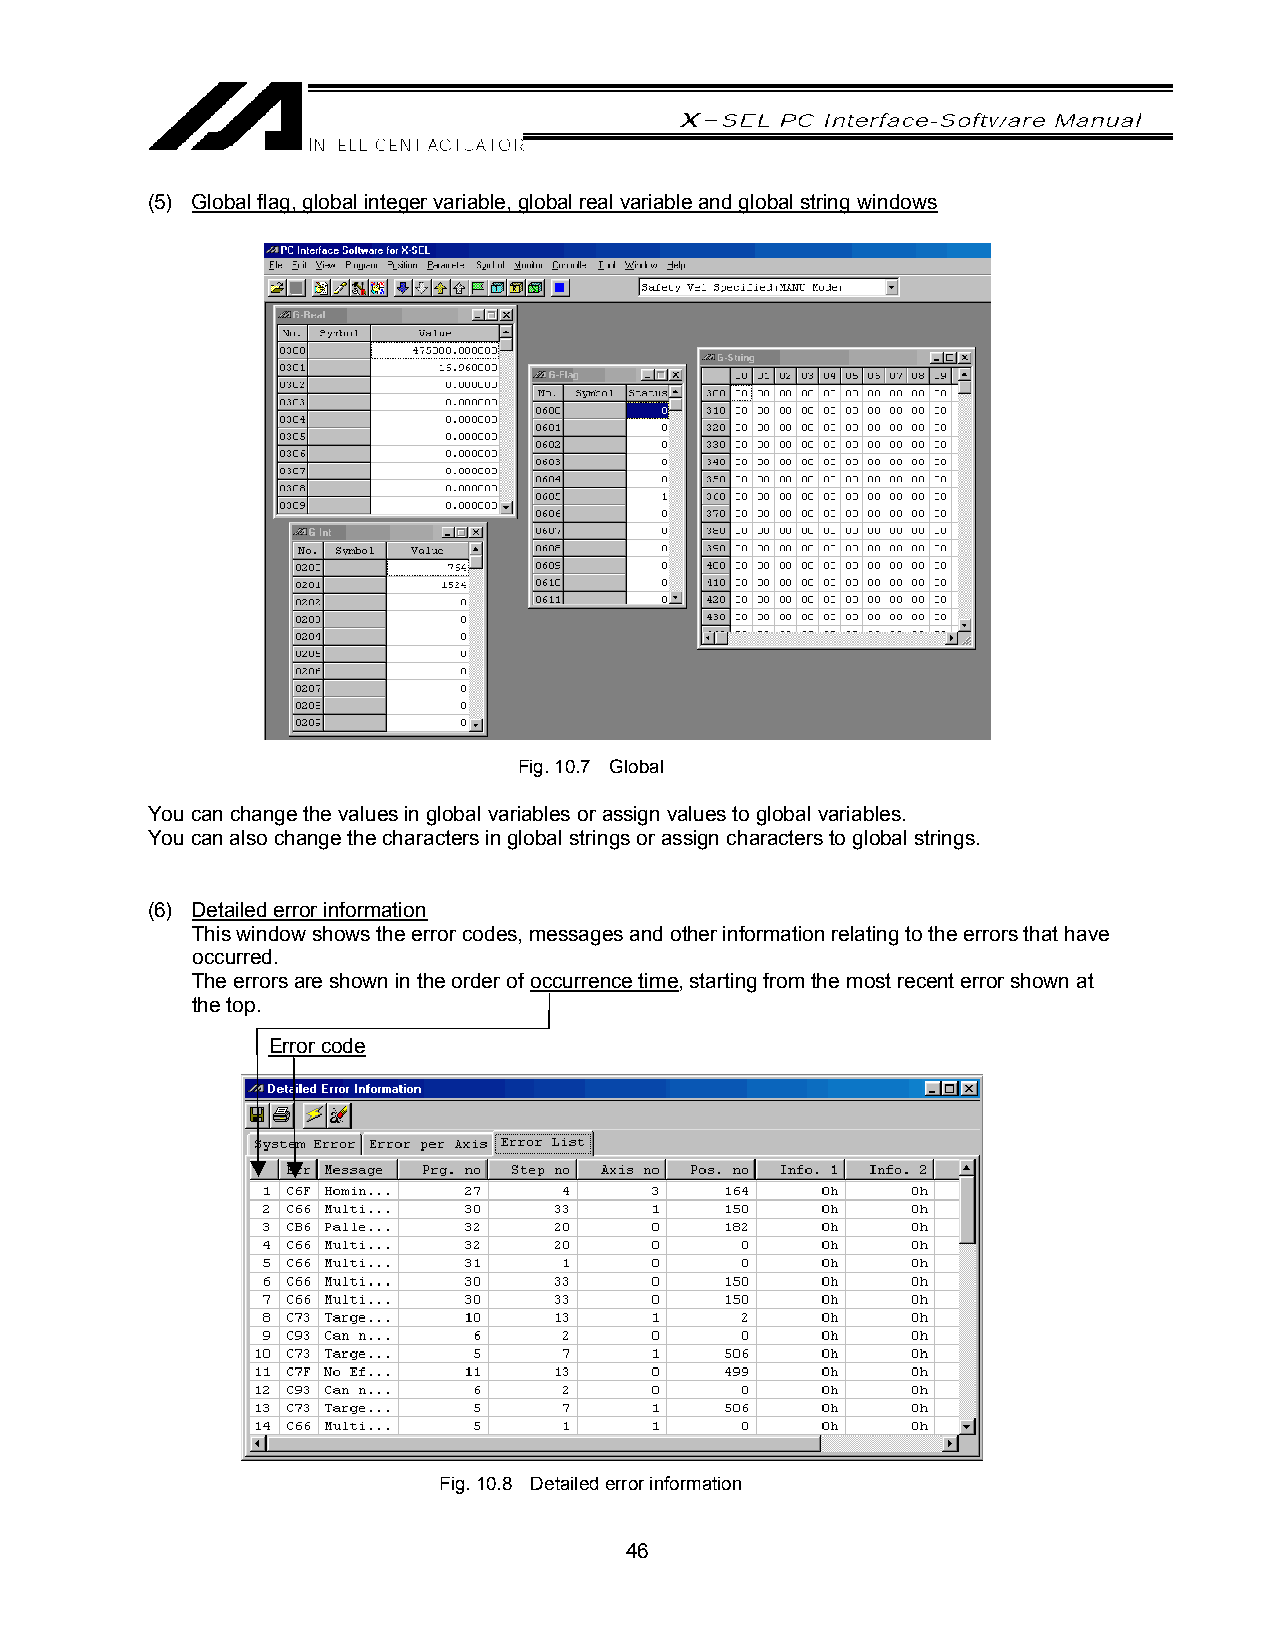
(5) Global flag, global integer variable, global real variable and global string windows
 Fig. 10.7 Global
 You can change the values in global variables or assign values to global variables.
 You can also change the characters in global strings or assign characters to global strings.
 (6) Detailed error information
 This window shows the error codes, messages and other information relating to the errors that have
 occurred.
 The errors are shown in the order of occurrence time, starting from the most recent error shown at
 the top.
 Error code
 Fig. 10.8 Detailed error information
 46